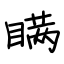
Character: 瞒